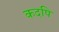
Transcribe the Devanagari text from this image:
कदपि